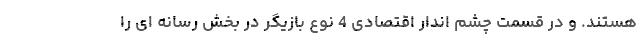
هستند. و در قسمت چشم اندار اقتصادی 4 نوع بازیگر در بخش رسانه ای را